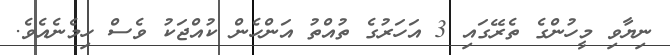
ނިޔާވި މީހުންގެ ތެރޭގައި 3 އަހަރުގެ ތުއްތު އަންހެން ކުއްޖަކު ވެސް ހިމެނެއެވެ.